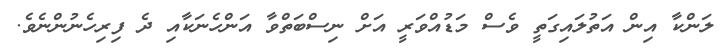
ލަންކާ އިން އަތުލައިގަތީ ވެސް މަޑުއްވަރީ އަށް ނިސްބަތްވާ އަންހެނަކާއި ދެ ފިރިހެނުންނެވެ.